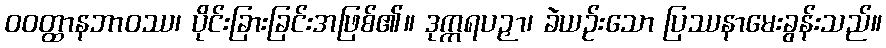
ဝဝတ္ထာနဘာဝဿ၊ ပိုင်းခြားခြင်းအဖြစ်၏။ ဒုက္ကရပဉှာ၊ ခဲယဉ်းသော ပြဿနာမေးခွန်းသည်။